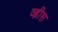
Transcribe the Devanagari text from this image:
व्ह्रीस